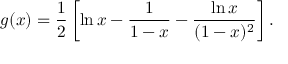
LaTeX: g ( x ) = \frac { 1 } { 2 } \left[ \ln x - \frac { 1 } { 1 - x } - \frac { \ln x } { ( 1 - x ) ^ { 2 } } \right] .